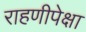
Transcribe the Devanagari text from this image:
राहणीपेक्षा